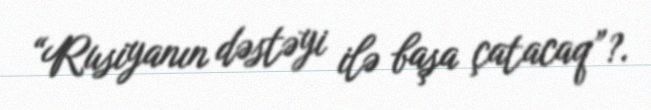
“Rusiyanın dəstəyi ilə başa çatacaq”?.